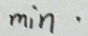
m i n \cdot